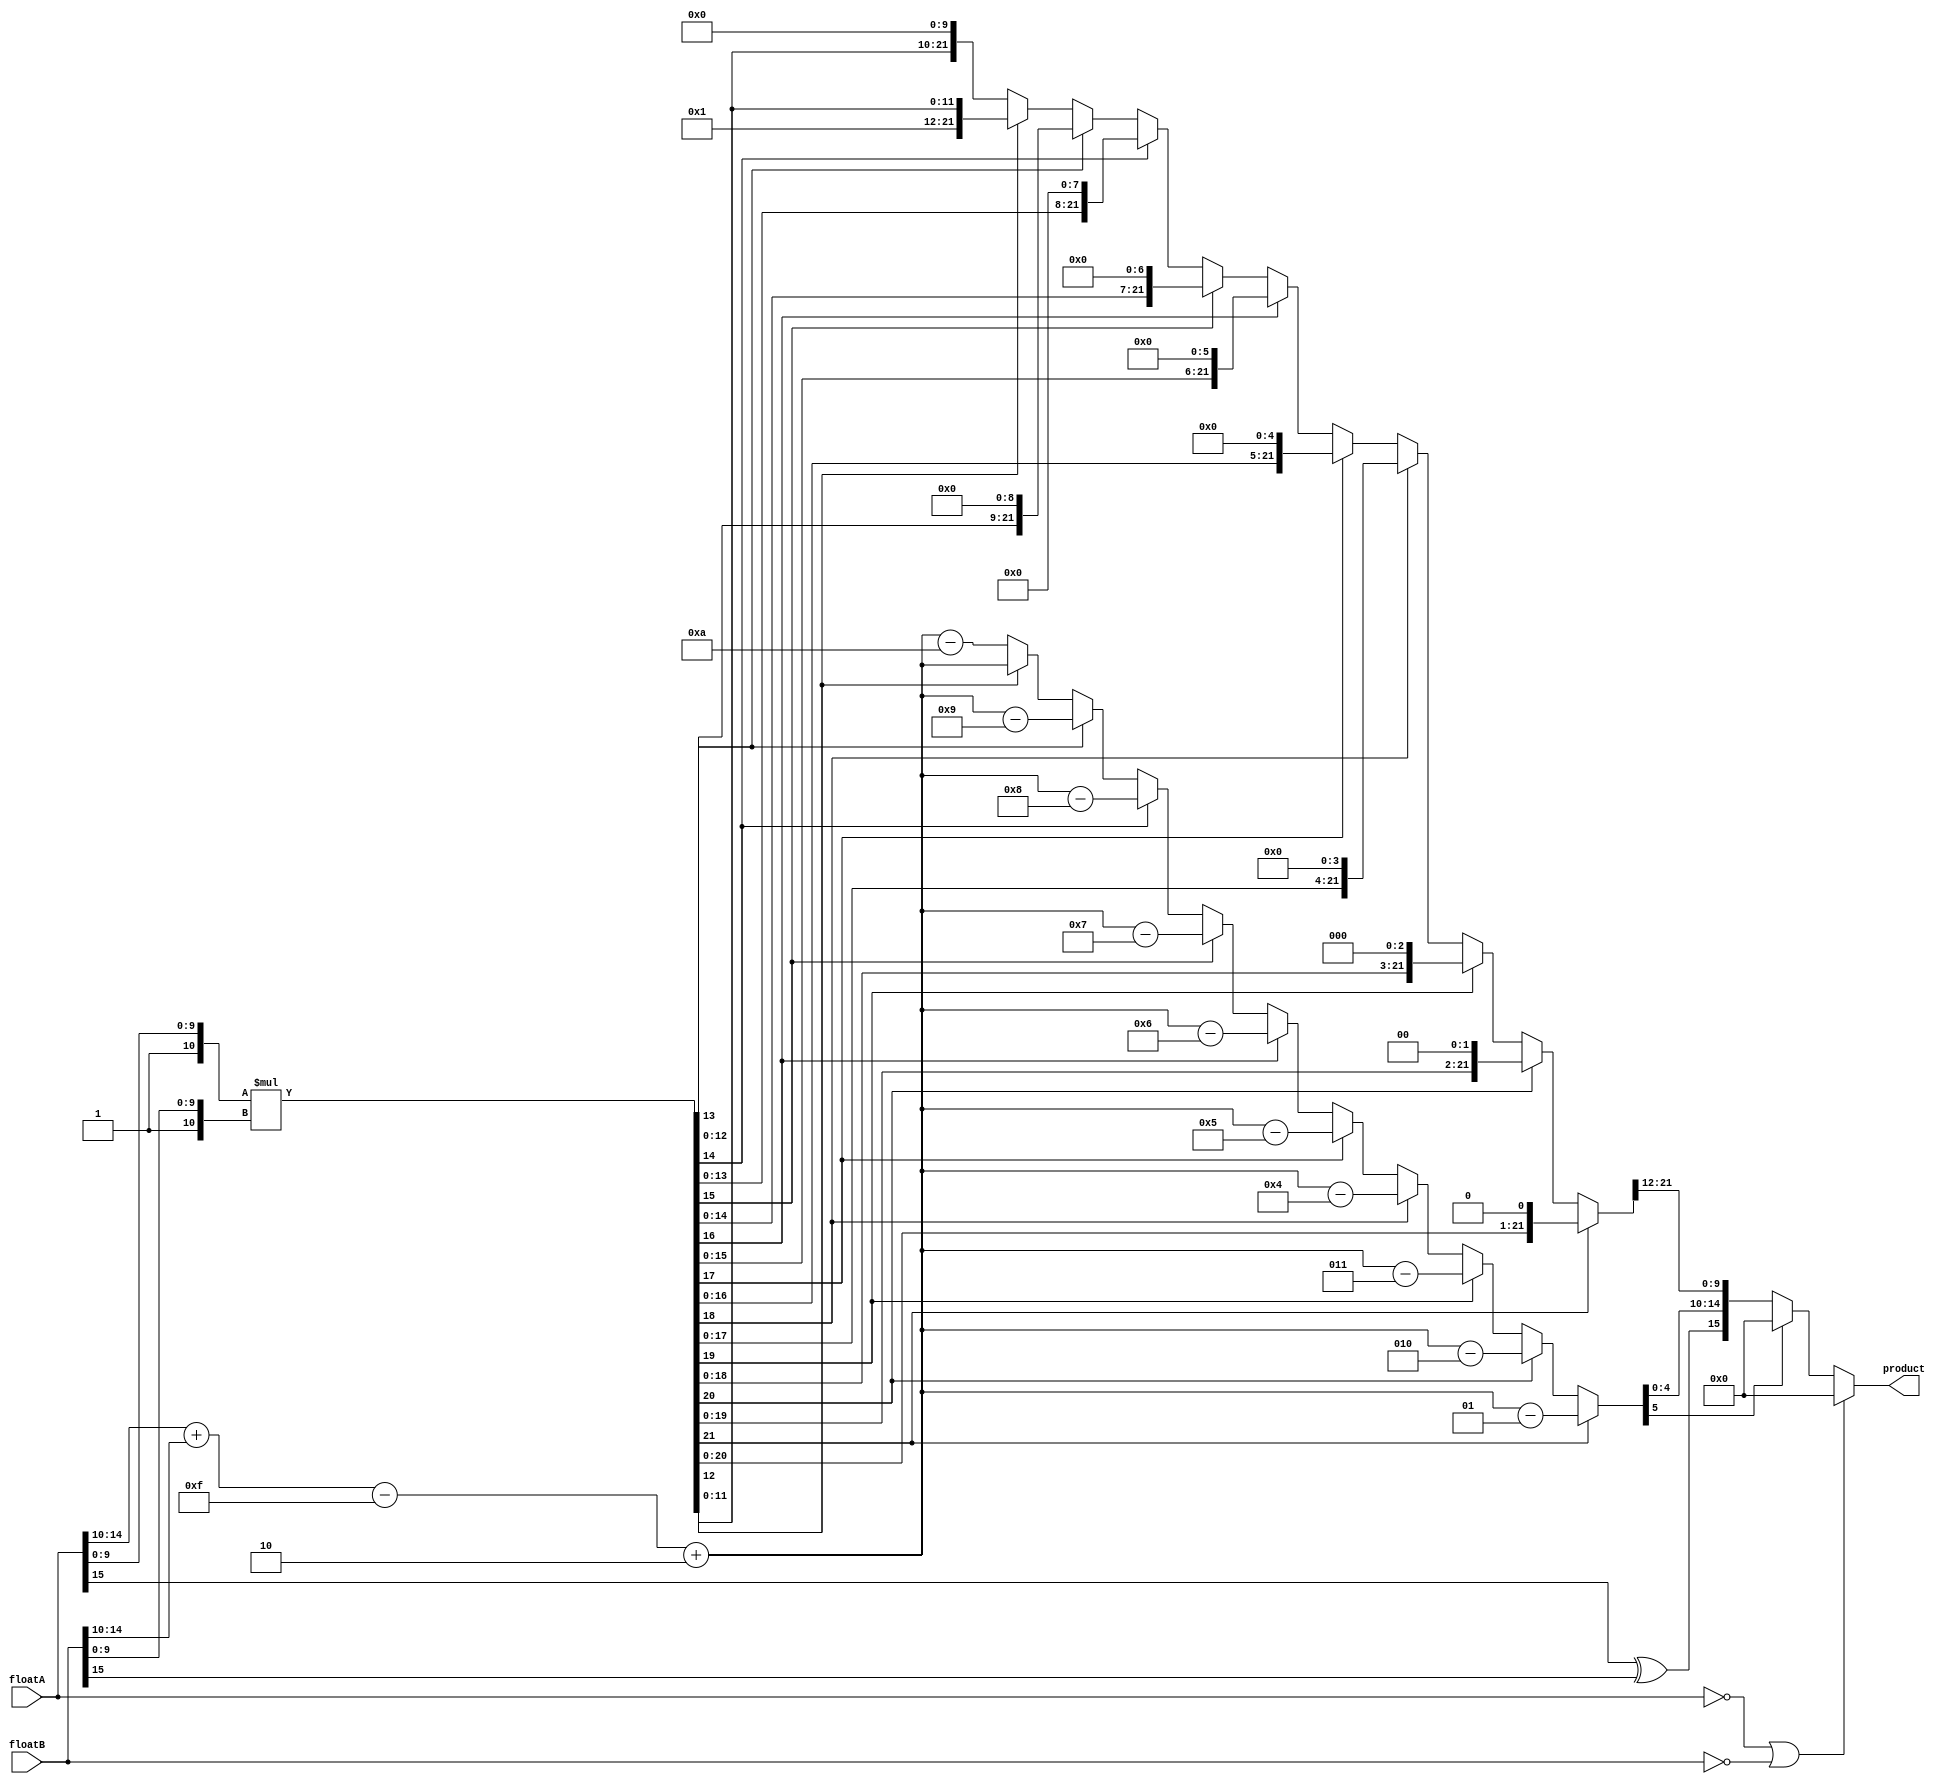
`timescale 100 ns / 10 ps

module floatMult (floatA,floatB,product);

input [15:0] floatA, floatB;
output reg [15:0] product;

reg sign;
reg signed [5:0] exponent; //6th bit is the sign
reg [9:0] mantissa;
reg [10:0] fractionA, fractionB;	//fraction = {1,mantissa}
reg [21:0] fraction;


always @ (floatA or floatB) begin
	if (floatA == 0 || floatB == 0) begin
		product = 0;
	end else begin
		sign = floatA[15] ^ floatB[15];
		exponent = floatA[14:10] + floatB[14:10] - 5'd15 + 5'd2;
	
		fractionA = {1'b1,floatA[9:0]};
		fractionB = {1'b1,floatB[9:0]};
		fraction = fractionA * fractionB;
		
		if (fraction[21] == 1'b1) begin
			fraction = fraction << 1;
			exponent = exponent - 1; 
		end else if (fraction[20] == 1'b1) begin
			fraction = fraction << 2;
			exponent = exponent - 2;
		end else if (fraction[19] == 1'b1) begin
			fraction = fraction << 3;
			exponent = exponent - 3;
		end else if (fraction[18] == 1'b1) begin
			fraction = fraction << 4;
			exponent = exponent - 4;
		end else if (fraction[17] == 1'b1) begin
			fraction = fraction << 5;
			exponent = exponent - 5;
		end else if (fraction[16] == 1'b1) begin
			fraction = fraction << 6;
			exponent = exponent - 6;
		end else if (fraction[15] == 1'b1) begin
			fraction = fraction << 7;
			exponent = exponent - 7;
		end else if (fraction[14] == 1'b1) begin
			fraction = fraction << 8;
			exponent = exponent - 8;
		end else if (fraction[13] == 1'b1) begin
			fraction = fraction << 9;
			exponent = exponent - 9;
		end else if (fraction[12] == 1'b0) begin
			fraction = fraction << 10;
			exponent = exponent - 10;
		end 
	
		mantissa = fraction[21:12];
		if(exponent[5]==1'b1) begin //exponent is negative
			product=16'b0000000000000000;
		end
		else begin
			product = {sign,exponent[4:0],mantissa};
		end
	end
end

endmodule